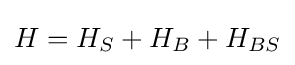
H=H_{S}+H_{B}+H_{BS}